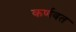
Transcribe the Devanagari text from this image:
कर्णवत